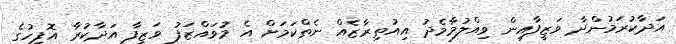
އަދާކުރަމުންދާ ވަޒީފާއިން ވިއްލުމާމެދު އިއުތިރާޒެއް ނެތްކަމަށް އެ މުވައްޒަފު ވަޒީފާ އަދާކުރާ އޮފީހުގެ